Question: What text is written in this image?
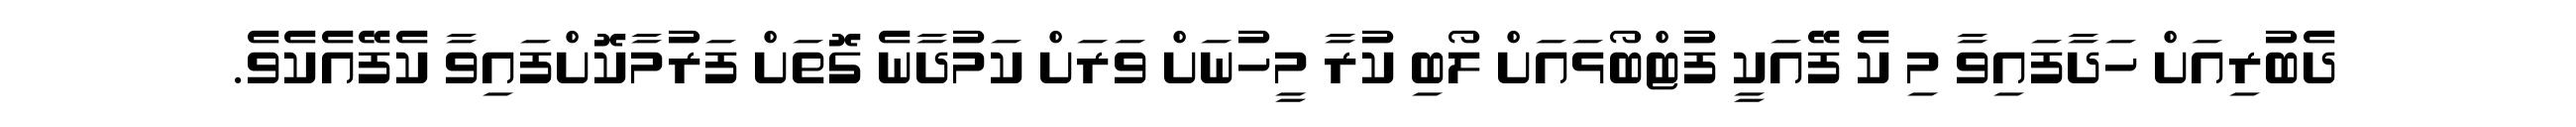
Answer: ދެބުރިއަށް ހަދާފައިވާ މި ކެ ފޭއަކީ ފުޓްބޯޅައަށް ލޯބި ކުރާ މީހުނަށް ވަރަށް ކަމުދާނެ ގޮތަށް ފަރުމާކޮށްފައިވާ ކެފޭއެކެވެ.